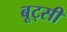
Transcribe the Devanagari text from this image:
बूट्सी